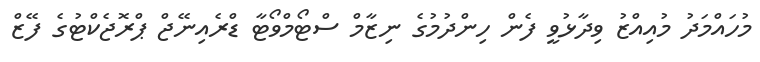
މުހައްމަދު މުއިއްޒު ވިދާޅުވީ ފެން ހިންދުމުގެ ނިޒާމް ސްޓޯމްވޯޓާ ޑްރެއިނޭޖް ޕްރޮޖެކްޓުގެ ފޭޒް